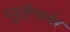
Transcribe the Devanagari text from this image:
ब्युटीपार्लर